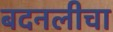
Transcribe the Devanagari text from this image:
बदनलीचा